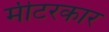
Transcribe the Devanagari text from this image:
मीटरकार